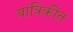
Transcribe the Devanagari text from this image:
यांत्रिकीत